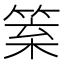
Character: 𥮧